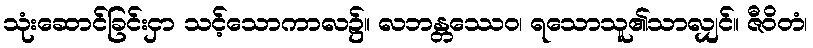
သုံးဆောင်ခြင်းငှာ သင့်သောကာလ၌။ လဘန္တဿေဝ၊ ရသောသူ၏သာလျှင်။ ဇီဝိတံ၊